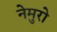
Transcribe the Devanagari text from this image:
नेमुरो